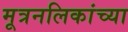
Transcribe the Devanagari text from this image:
मूत्रनलिकांच्या